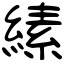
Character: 縤